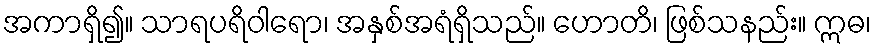
အကာရှိ၍။ သာရပရိဝါရော၊ အနှစ်အရံရှိသည်။ ဟောတိ၊ ဖြစ်သနည်း။ ဣဓ၊